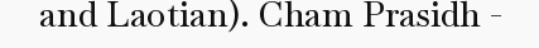
and Laotian). Cham Prasidh -